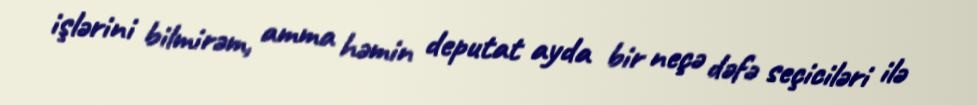
işlərini bilmirəm, amma həmin deputat ayda bir neçə dəfə seçiciləri ilə